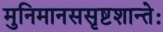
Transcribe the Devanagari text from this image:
मुनिमानससृष्टशान्तेः